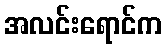
အလင်းရောင်က